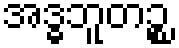
အဒ္ဓဘူတဉ္စ